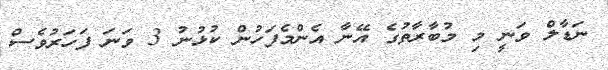
ނަޑާލް ވަނީ މި މުބާރާތުގެ އޭނާ އެންމެފަހުން ކުޅުނު 3 ވަނަ ފަހަރުވެސް